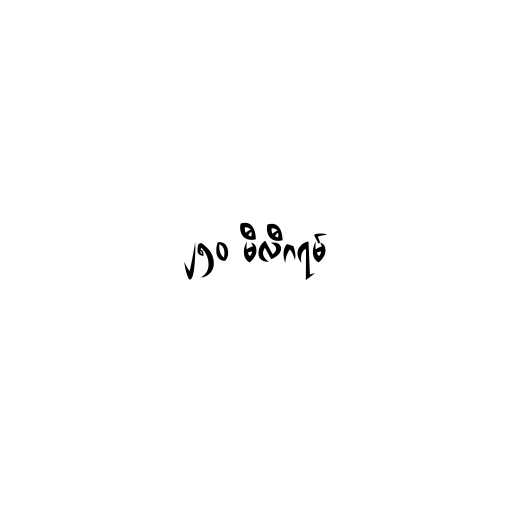
၂၅၀ မီလီဂရမ်